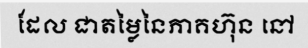
ដែល ជាតម្លៃនៃភាគហ៊ុន នៅ